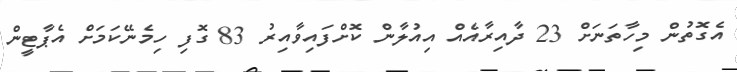
އެގޮތުން މިހާތަނަށް 23 ދާއިރާއެއް އިއުލާން ކޮށްފައިވާއިރު 83 ގޮފި ހިމެނޭކަމަށް އެޕާޓީން